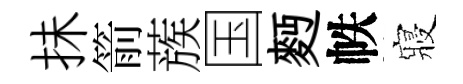
抺箭蔟国麪帙寢